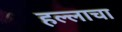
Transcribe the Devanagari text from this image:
हल्लाचा